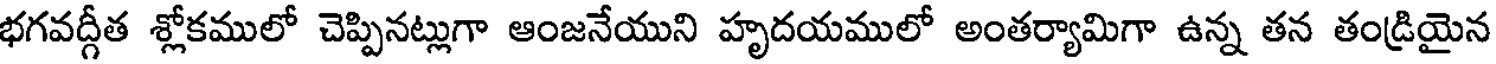
భగవద్గీత శ్లోకములో చెప్పినట్లుగా ఆంజనేయుని హృదయములో అంతర్యామిగా ఉన్న తన తండ్రియైన